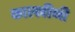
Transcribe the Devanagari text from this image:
कालचीनी